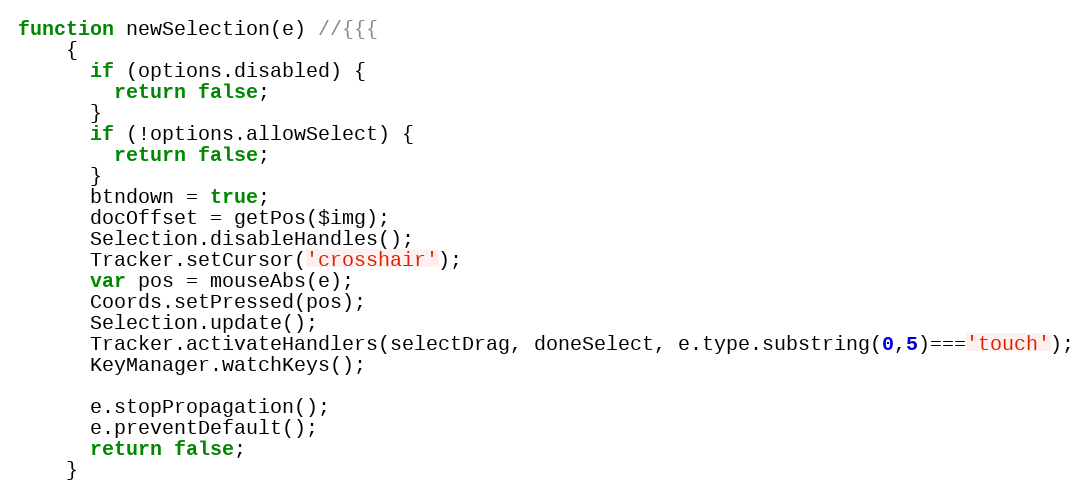
Language: JavaScript
function newSelection(e) //{{{
    {
      if (options.disabled) {
        return false;
      }
      if (!options.allowSelect) {
        return false;
      }
      btndown = true;
      docOffset = getPos($img);
      Selection.disableHandles();
      Tracker.setCursor('crosshair');
      var pos = mouseAbs(e);
      Coords.setPressed(pos);
      Selection.update();
      Tracker.activateHandlers(selectDrag, doneSelect, e.type.substring(0,5)==='touch');
      KeyManager.watchKeys();

      e.stopPropagation();
      e.preventDefault();
      return false;
    }